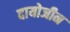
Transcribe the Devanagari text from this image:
दायोजीन